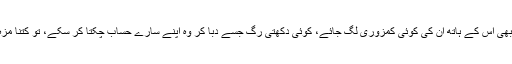
اگر کبھی اس کے ہاتھ ان کی کوئی کمزوری لگ جائے، کوئی دکھتی رگ جسے دبا کر وہ اپنے سارے حساب چکتا کر سکے، تو کتنا مزہ آئے۔